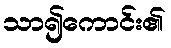
သာ၍ကောင်း၏